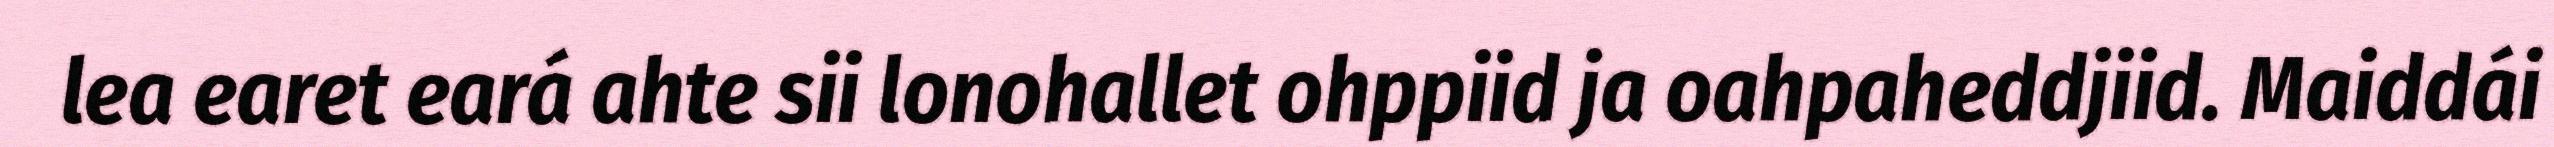
lea earet eará ahte sii lonohallet ohppiid ja oahpaheddjiid. Maiddái